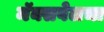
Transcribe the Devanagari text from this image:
मॅक्सवेलचा